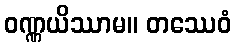
ဝဏ္ဏယိဿာမ။ တဿေဝံ